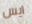
ايس